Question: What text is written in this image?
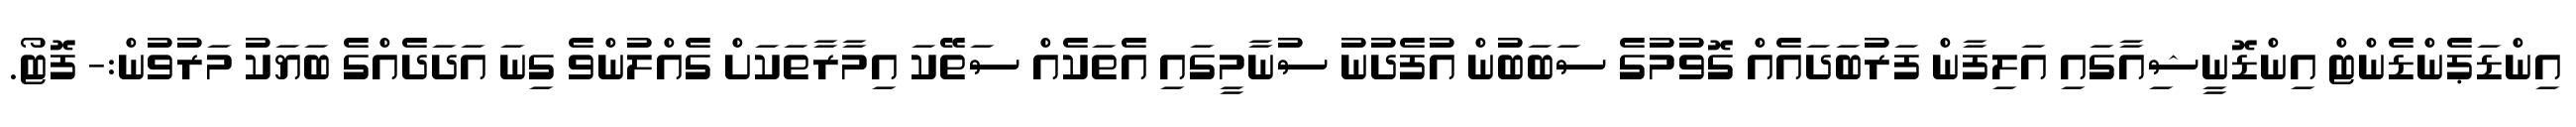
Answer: އިންޑަޕެންޑެންޓް އިންޑޮނީޝިއާގައި އަލިފާން ފަރުބަދައެއް ގޮވުމުގެ ސަބަބުން އުފެދުނު ސުނާމީގައި އެތަކެއް ސަތޭކަ އިމާރާތަކަށް ގެއްލުންވެ ގިނަ އަދަދެއްގެ ބަޔަކު މަރުވުން:- ފޮޓޯ.